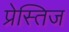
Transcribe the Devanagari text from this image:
प्रेस्तिज